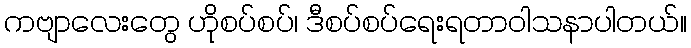
ကဗျာလေးတွေ ဟိုစပ်စပ်၊ ဒီစပ်စပ်ရေးရတာဝါသနာပါတယ်။